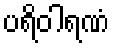
ပရိဝါရဏံ